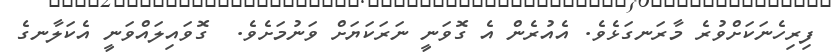
ފިރިހެނަކަށްވުރެ މާރަނގަޅެވެ. އެއުރެން އެ ގޮވަނީ ނަރަކަޔަށް ވަނުމަށެވެ.  ގޮވައިލައްވަނީ އެކަލާނގެ